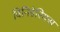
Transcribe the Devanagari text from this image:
विनिडेरियस